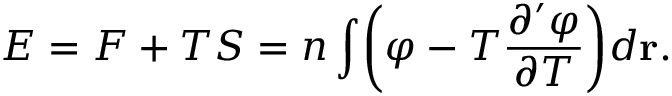
\begin{array} { l } { \displaystyle { E = F + T S = n \int \! \left( \varphi - T \frac { \partial ^ { \prime } \varphi } { \partial T } \right) \! d { \bf r } . } } \end{array}